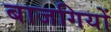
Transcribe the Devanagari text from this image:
बाजगियों